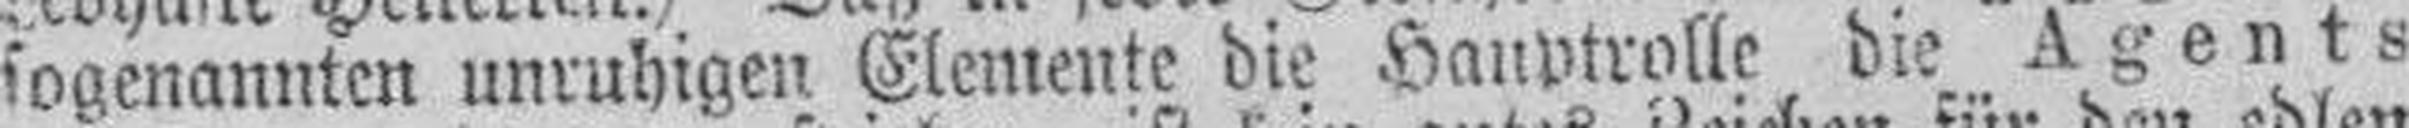
sogenannten unruhigen Elemente die Hauptrolle die Agents